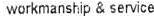
WORKMANSHIP & SERVICE